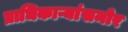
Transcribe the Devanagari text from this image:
प्राधिकाऱ्यांसमोर